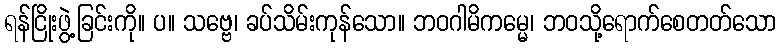
ရန်ငြိုးဖွဲ့ခြင်းကို။ ပ။ သဗ္ဗေ၊ ခပ်သိမ်းကုန်သော။ ဘဝဂါမိကမ္မေ၊ ဘဝသို့ရောက်စေတတ်သော